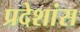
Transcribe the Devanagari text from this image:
प्रदेशांस